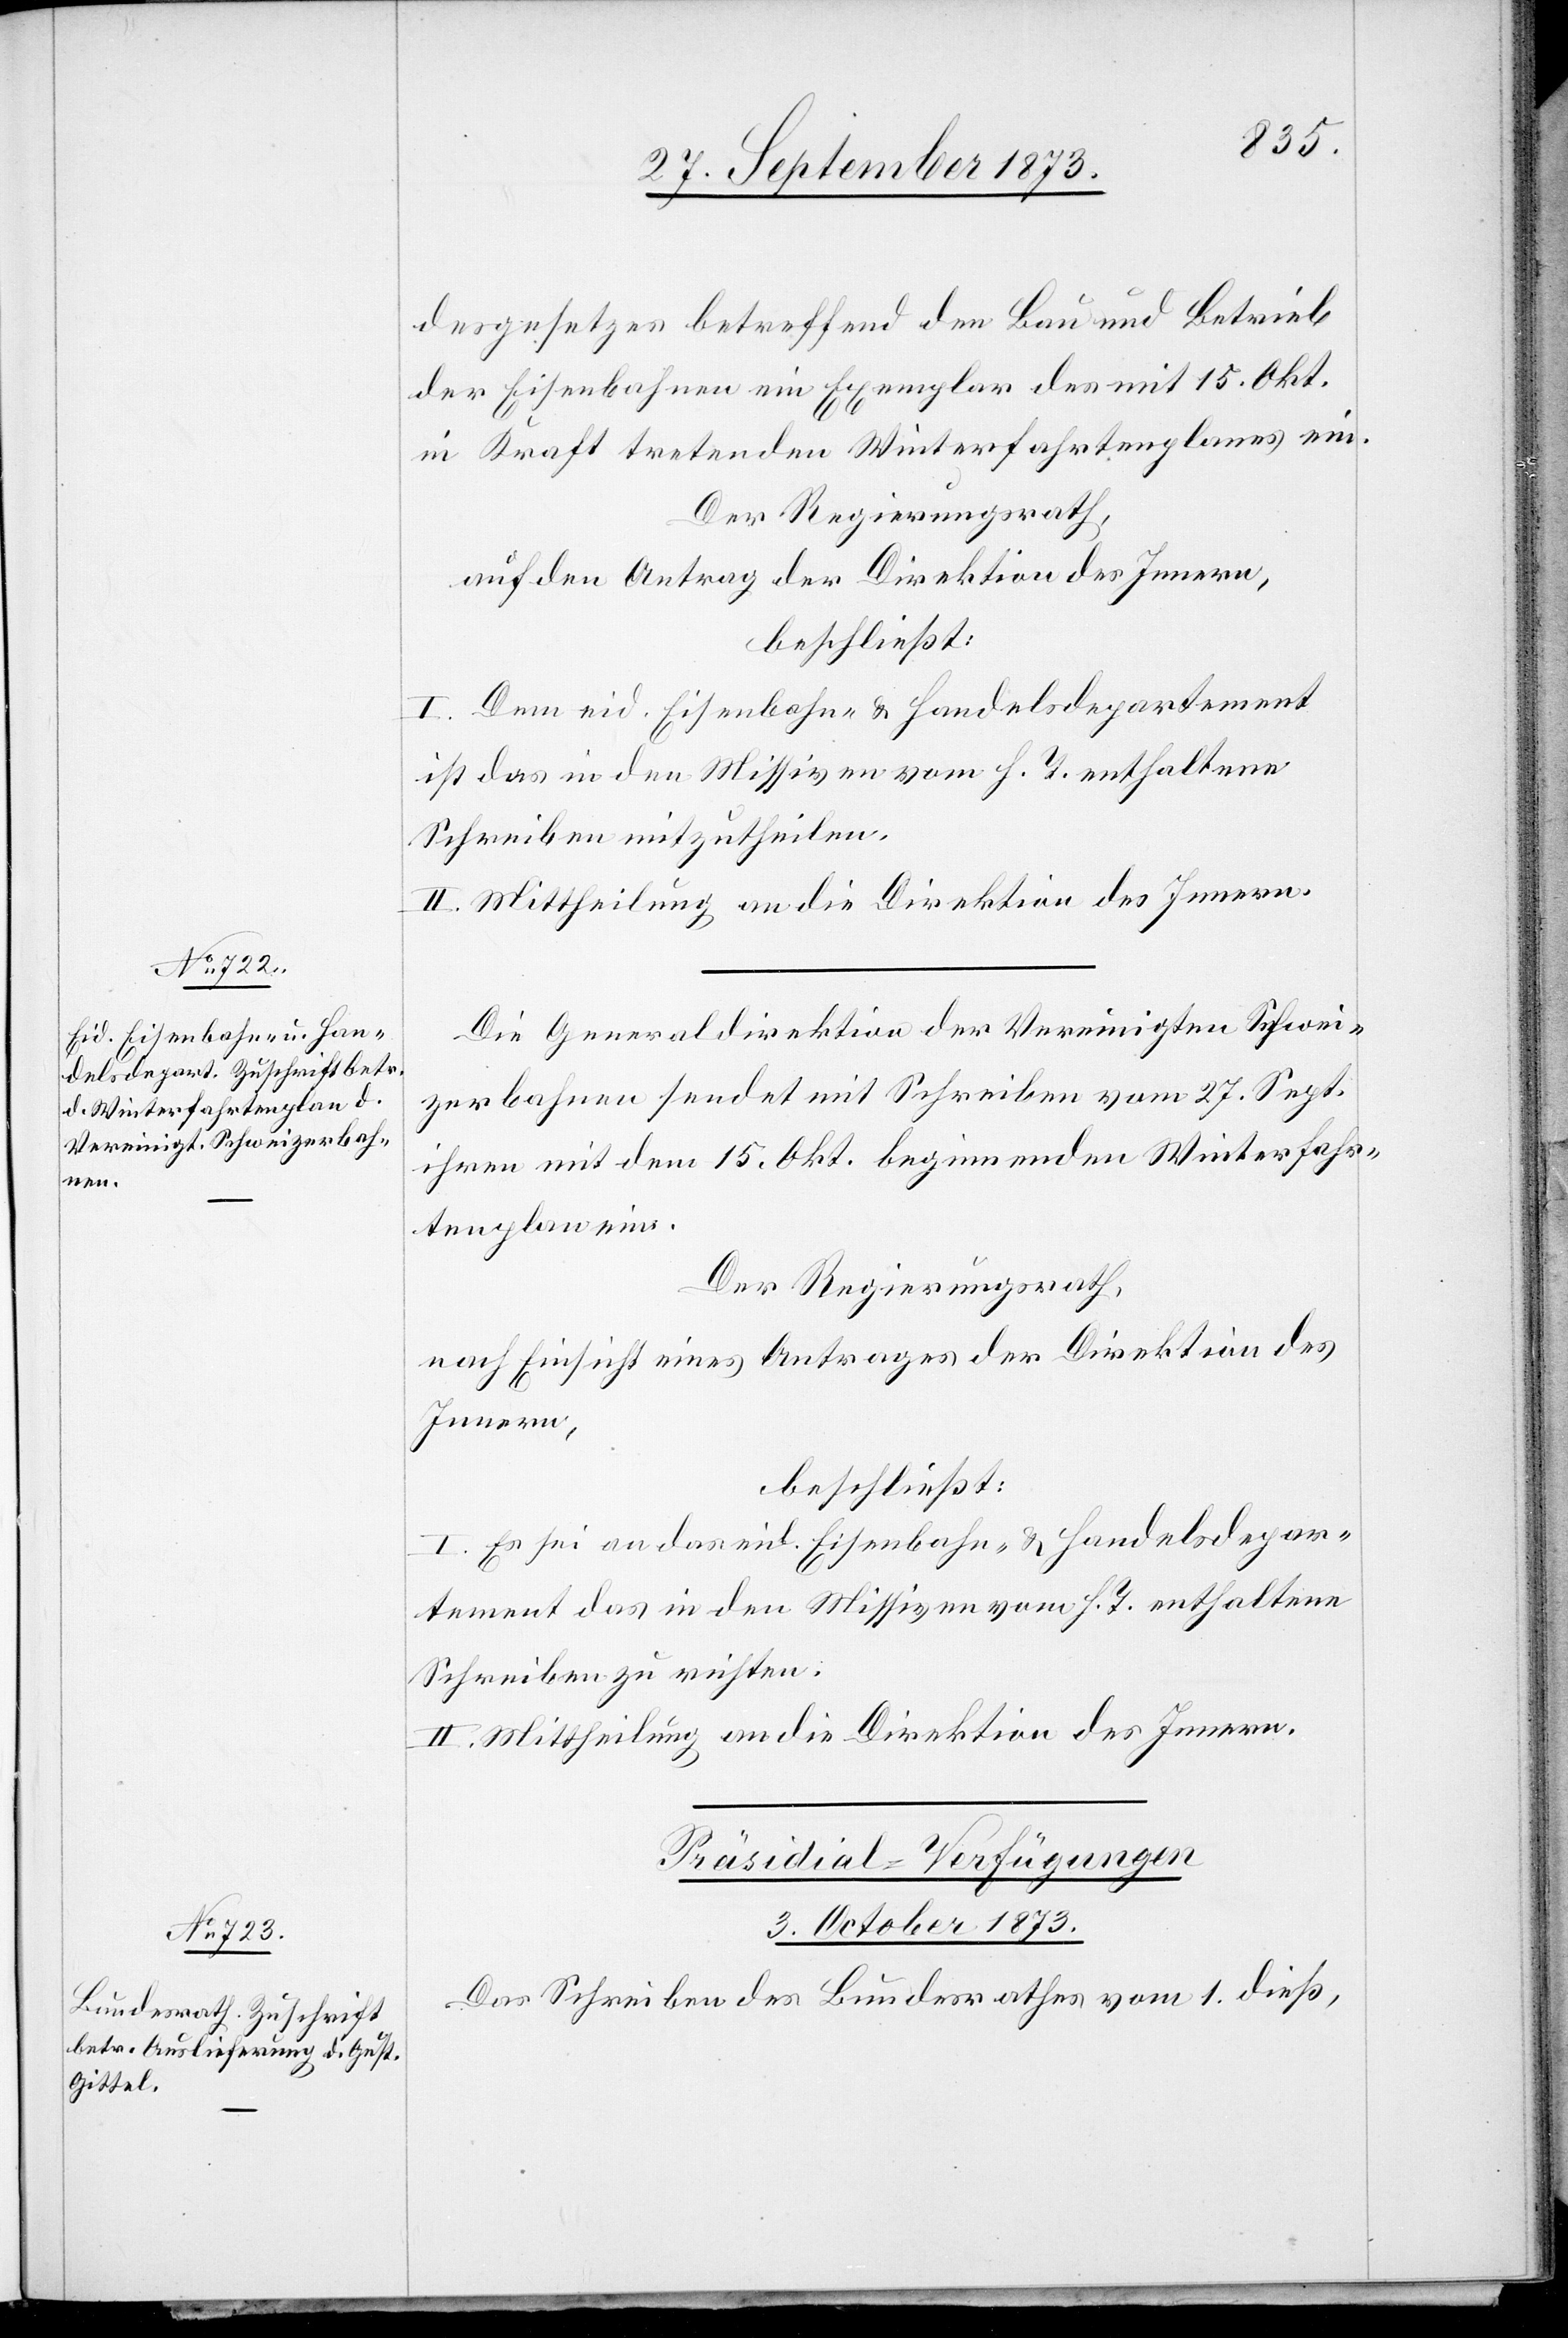
desgesetzes betreffend den Bau und Betrieb
der Eisenbahnen ein Exemplar des mit 15. Okt.
in Kraft tretenden Winterfahrtenplanes ein.
Der Regierungsrath,
auf den Antrag der Direktion des Innern,
beschließt:
I. Dem eid. Eisenbahn- & Handelsdepartement
ist das in den Missiven vom h. T. enthaltene
Schreiben mitzutheilen.
II. Mittheilung an die Direktion des Innern.
Die Generaldirektion der Vereinigten Schwei¬
zerbahnen sendet mit Schreiben vom 27. Sept.
ihren mit dem 15. Okt. beginnenden Winterfahr¬
tenplan ein.
Der Regierungsrath,
nach Einsicht eines Antrages der Direktion des
Innern,
beschließt:
I. Es sei an das eid. Eisenbahn- & Handelsdepar¬
tement das in den Missiven vom h. T. enthaltene
Schreiben zu richten.
II. Mittheilung an die Direktion des Innern.
Präsidial-Verfügungen
3. October 1873.
Das Schreiben des Bundesrathes vom 1. dieß,